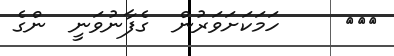
١٣٣     ހަމަކަށަވަރުން  ގެފާނުވަނީ  ންގެ